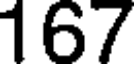
167